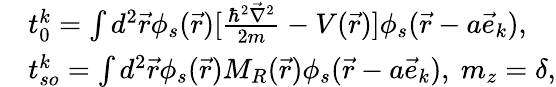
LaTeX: \begin{array}{rl}&{t_{0}^{k}=\int d^{2}\vec{r}\phi_{s}(\vec{r})[\frac{\hbar^{2}\vec{\nabla}^{2}}{2m}-V(\vec{r})]\phi_{s}(\vec{r}-a\vec{e}_{k}),}\\ &{t_{so}^{k}=\int d^{2}\vec{r}\phi_{s}(\vec{r})M_{R}(\vec{r})\phi_{s}(\vec{r}-a\vec{e}_{k}),\ m_{z}=\delta,}\end{array}